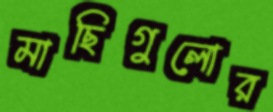
মাছিগুলোর